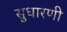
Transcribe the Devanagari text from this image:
सुधारणी